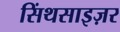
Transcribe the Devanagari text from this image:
सिंथसाइज़र